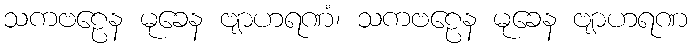
သကဗဠေန မုခေန ဗျာဟရဏံ၊ သကဗဠေန မုခေန ဗျာဟရဏ